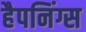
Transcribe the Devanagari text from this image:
हैपनिंग्स